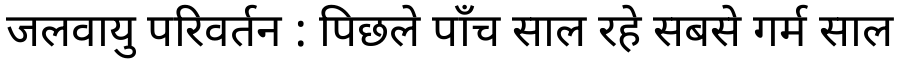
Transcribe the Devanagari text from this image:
जलवायु परिवर्तन : पिछले पाँच साल रहे सबसे गर्म साल